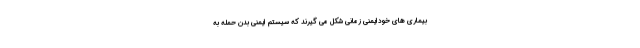
بیماری های خودایمنی زمانی شکل می گیرند که سیستم ایمنی بدن حمله به